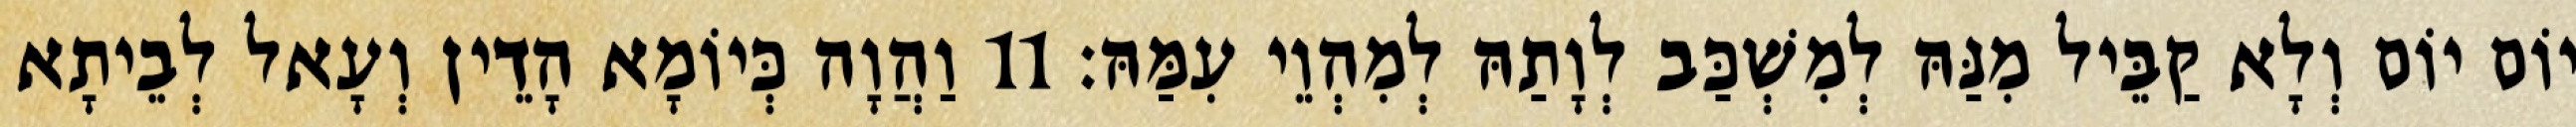
יוֹם יוֹם וְלָא קַבֵּיל מִנַּהּ לְמִשְׁכַּב לְוָתַהּ לְמִהְוֵי עִמַּהּ׃ 11 וַהֲוָה כְּיוֹמָא הָדֵין וְעָאל לְבֵיתָא